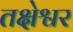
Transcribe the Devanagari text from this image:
तक्षेश्वर